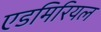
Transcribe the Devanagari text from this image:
एडमिरियल